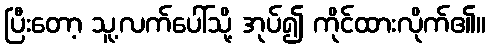
ပြီးတော့ သူ့လက်ပေါ်သို့ အုပ်၍ ကိုင်ထားလိုက်၏။